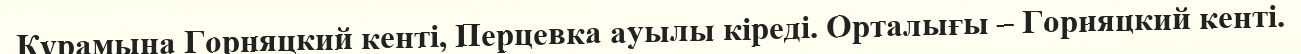
Құрамына Горняцкий кенті, Перцевка ауылы кіреді. Орталығы – Горняцкий кенті.